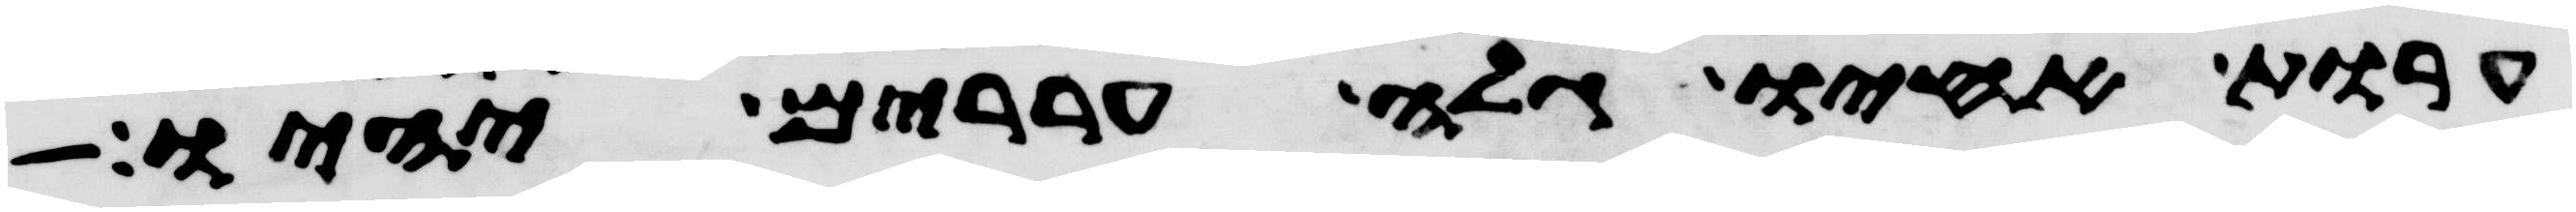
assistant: ערות אחיו גלה עררים יהיו